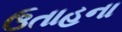
ઉતાહના